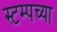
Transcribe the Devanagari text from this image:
स्टम्पच्या